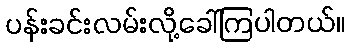
ပန်းခင်းလမ်းလို့ခေါ်ကြပါတယ်။